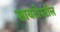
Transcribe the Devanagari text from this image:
सायटोस्टॉल